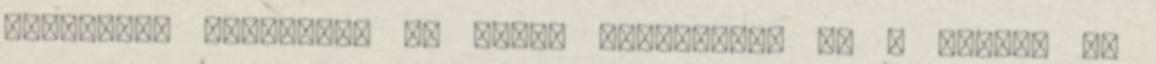
Üdvözlünk mindenkit az X-men Reneszánsz és a Little SW